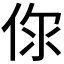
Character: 𠉎